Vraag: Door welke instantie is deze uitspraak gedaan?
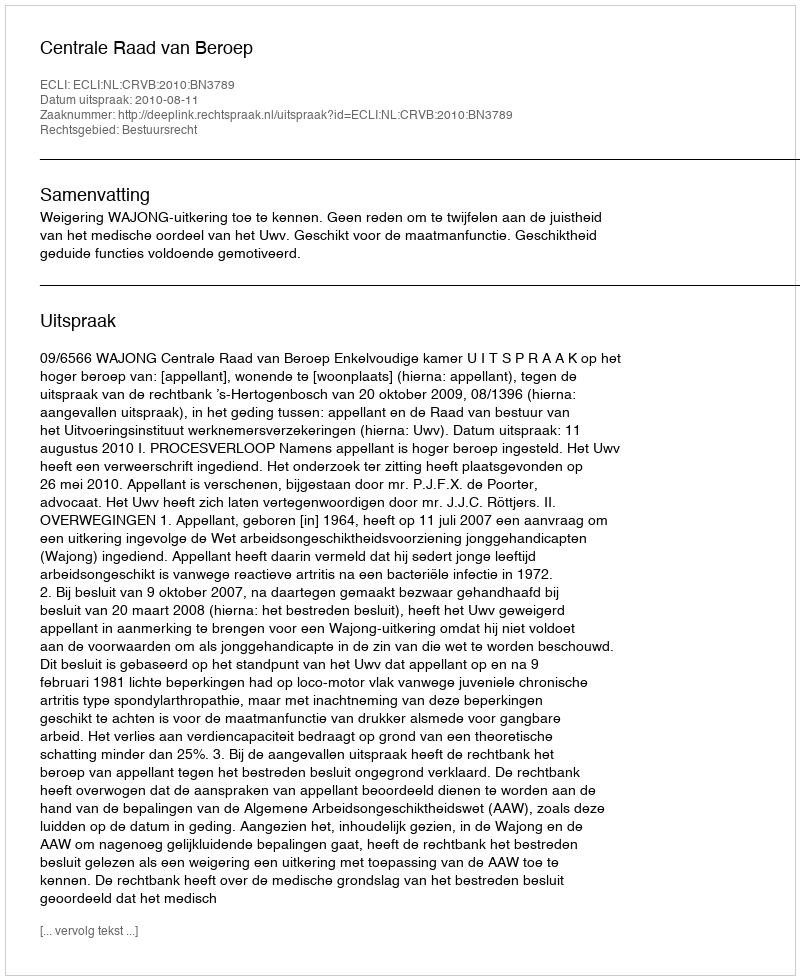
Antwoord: Centrale Raad van Beroep